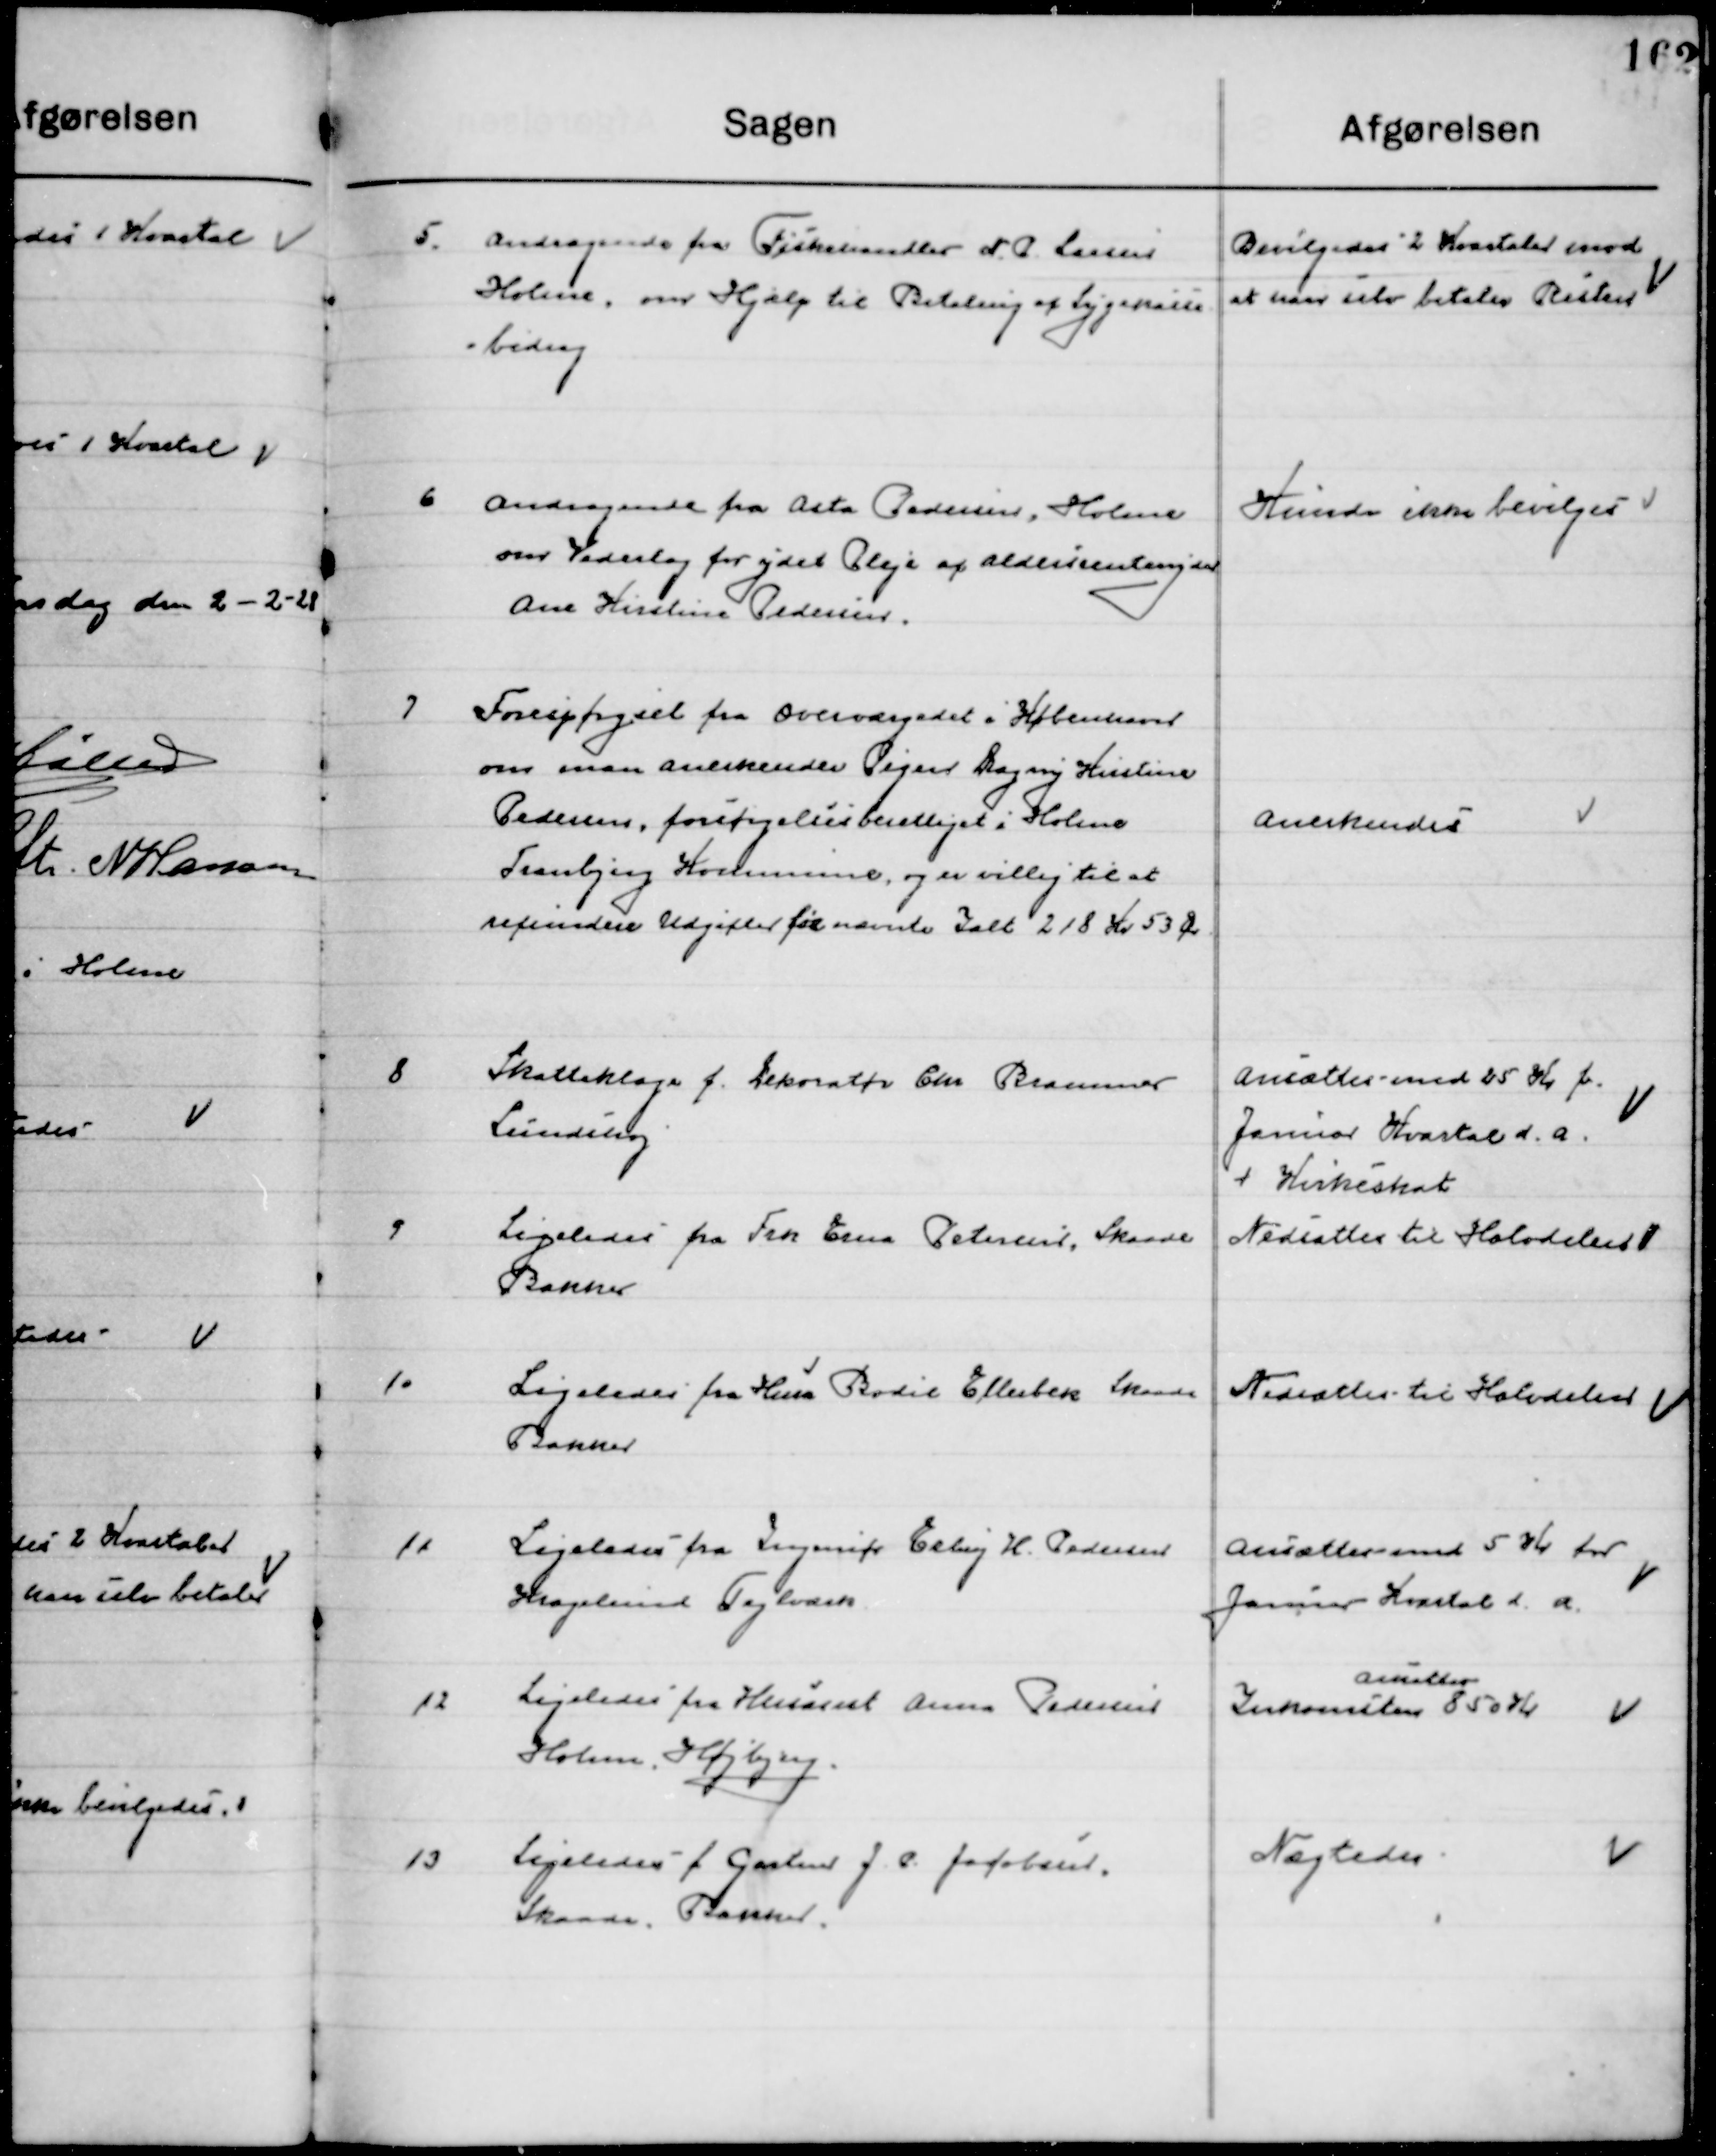
Transskription:
5

Andragende fra fiskehandler N. P. Larsen
Holme, om Hjælp til Betaling af Sygesikrings- 
bidrag.

Bevilgedes 2 Kvartaler mod
at han selv betaler resten.

6

Andragende fra Asta Pedersen, Holme
om vederlag for ydet Pleje af Aldersrenteyder
Ane Kirstine Pedersen.

Kunde ikke bevilges

7

Forespørgsel fra Overvæsenet i København
Om man anerkender Plejer Dagny Kristine
Pedersen, forsørgelsesberettiget i Holme
Tranbjerg Kommune, og er villig til at 
Refundere Udgifter til nævnte I alt 218 Kr. 53 Øre.

Anerkendes

8

Skatteklage f. Dekoratør Chr. Rasmussen
Lundshøj

Ansættes med 25 Kr. f.
Januar Kvartal d. a.
v. Kirkeskat

9

Ligeledes fra Frk. Erna Petersen Skaade 
Bakker

Nedsættes til halvdelen

10

Ligeledes fra Husass. Bodil Ellebæk Skaade 
Bakker

Nedsættes til halvdelen

11

Ligeledes fra Ingeniør Erling H. Pedersen
Kraglund Teglværk

Ansættes med 5 Kr. for
Januar Kvartal d. a.

12

Ligeledes fra Husasst Anna Pedersen
Holme Højbjerg

Indkomst 
ansættes 
850 Kr.

13

Ligeledes f. Gartner J. P. Jacobsen
Skaade Bakker

Nægtes